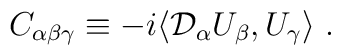
C_{\alpha\beta\gamma}\equiv-i\langle{\cal D}_\alpha U_\beta,U_\gamma\rangle \ .